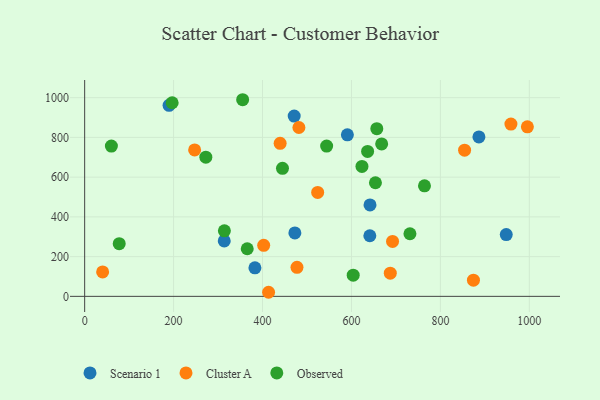
{"axis": {"x": "Investment", "y": "Yield"}, "legend": ["Cluster A", "Observed", "Scenario 1"], "data": [{"x": "471.2", "y": 907.4, "type": "Scenario 1"}, {"x": "948.1", "y": 311.1, "type": "Scenario 1"}, {"x": "886.6", "y": 802.5, "type": "Scenario 1"}, {"x": "189.8", "y": 961.6, "type": "Scenario 1"}, {"x": "382.9", "y": 143.6, "type": "Scenario 1"}, {"x": "590.8", "y": 812.8, "type": "Scenario 1"}, {"x": "641.7", "y": 460.2, "type": "Scenario 1"}, {"x": "472.7", "y": 319.4, "type": "Scenario 1"}, {"x": "313.9", "y": 279.1, "type": "Scenario 1"}, {"x": "641.3", "y": 304.9, "type": "Scenario 1"}, {"x": "247.3", "y": 736.8, "type": "Cluster A"}, {"x": "524.0", "y": 523.2, "type": "Cluster A"}, {"x": "477.5", "y": 145.9, "type": "Cluster A"}, {"x": "40.4", "y": 123.0, "type": "Cluster A"}, {"x": "958.6", "y": 866.9, "type": "Cluster A"}, {"x": "439.6", "y": 770.1, "type": "Cluster A"}, {"x": "687.3", "y": 116.5, "type": "Cluster A"}, {"x": "481.8", "y": 849.7, "type": "Cluster A"}, {"x": "854.4", "y": 735.5, "type": "Cluster A"}, {"x": "874.3", "y": 81.4, "type": "Cluster A"}, {"x": "413.6", "y": 20.5, "type": "Cluster A"}, {"x": "995.6", "y": 853.3, "type": "Cluster A"}, {"x": "402.6", "y": 256.6, "type": "Cluster A"}, {"x": "692.4", "y": 276.6, "type": "Cluster A"}, {"x": "544.2", "y": 756.1, "type": "Observed"}, {"x": "272.5", "y": 700.6, "type": "Observed"}, {"x": "60.1", "y": 756.4, "type": "Observed"}, {"x": "667.9", "y": 767.0, "type": "Observed"}, {"x": "603.9", "y": 106.6, "type": "Observed"}, {"x": "77.7", "y": 265.1, "type": "Observed"}, {"x": "636.3", "y": 729.4, "type": "Observed"}, {"x": "623.6", "y": 654.0, "type": "Observed"}, {"x": "314.2", "y": 329.9, "type": "Observed"}, {"x": "731.5", "y": 315.0, "type": "Observed"}, {"x": "657.0", "y": 844.1, "type": "Observed"}, {"x": "365.6", "y": 239.5, "type": "Observed"}, {"x": "444.9", "y": 644.3, "type": "Observed"}, {"x": "355.3", "y": 989.6, "type": "Observed"}, {"x": "196.8", "y": 974.4, "type": "Observed"}, {"x": "764.2", "y": 556.5, "type": "Observed"}, {"x": "653.9", "y": 571.8, "type": "Observed"}]}